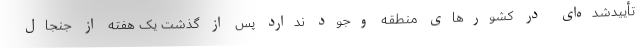
تأییدشده‌ای در کشورهای منطقه وجود ندارد پس از گذشت یک هفته از جنجال